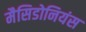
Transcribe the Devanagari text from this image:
मैसिडोनियंस